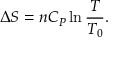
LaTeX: \Delta S = n C _ { P } \ln { \frac { T } { T _ { 0 } } } .